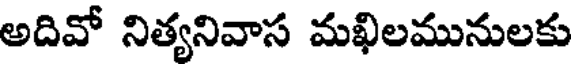
అదివో నిత్యనివాస మఖిలమునులకు